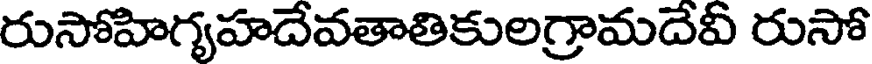
రుసోహిగ్యహదేవతాతికులగ్రామదేవీ రుసో